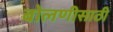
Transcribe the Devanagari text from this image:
बोलणीसाठी